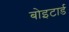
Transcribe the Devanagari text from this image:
बोइटार्ड